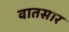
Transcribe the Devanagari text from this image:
वातसार